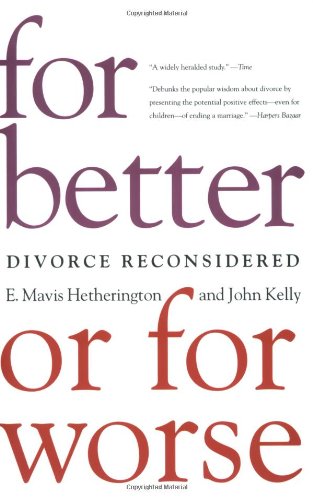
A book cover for For Better or For Worse: Divorce Reconsidered; E. Mavis Hetherington; Parenting & Relationships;